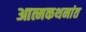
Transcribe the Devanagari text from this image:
आत्मकथनांत